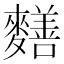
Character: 𪍶